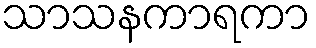
သာသနကာရကာ